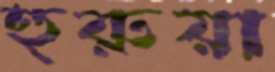
হুরুয়া